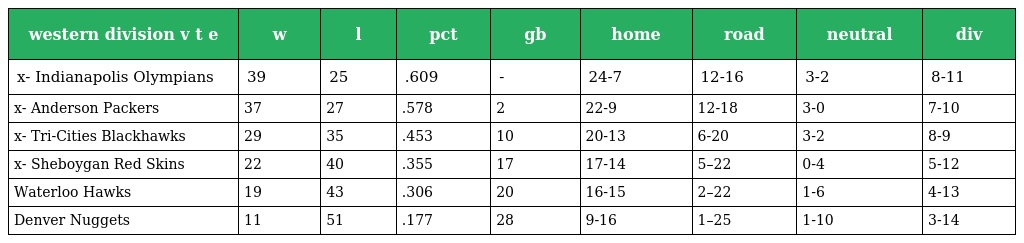
| western division v t e | w | l | pct | gb | home | road | neutral | div |
 | --- | --- | --- | --- | --- | --- | --- | --- | --- |
 | x- Indianapolis Olympians | 39 | 25 | .609 | - | 24-7 | 12-16 | 3-2 | 8-11 |
 | x- Anderson Packers | 37 | 27 | .578 | 2 | 22-9 | 12-18 | 3-0 | 7-10 |
 | x- Tri-Cities Blackhawks | 29 | 35 | .453 | 10 | 20-13 | 6-20 | 3-2 | 8-9 |
 | x- Sheboygan Red Skins | 22 | 40 | .355 | 17 | 17-14 | 5–22 | 0-4 | 5-12 |
 | Waterloo Hawks | 19 | 43 | .306 | 20 | 16-15 | 2–22 | 1-6 | 4-13 |
 | Denver Nuggets | 11 | 51 | .177 | 28 | 9-16 | 1–25 | 1-10 | 3-14 |